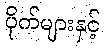
ပိုက်များနှင့်